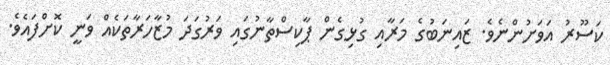
ކަސޫރު އަވަށުންނެވެ. ޒައިނަބުގެ މަރާއި ގުޅިގެން ޕާކިސްތާނުގައި ވަރުގަދަ މުޒާހަރާތަކެއް ވަނީ ކޮށްފައެވެ.